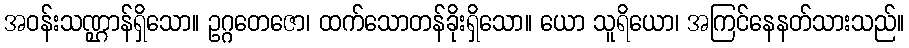
အဝန်းသဏ္ဌာန်ရှိသော။ ဥဂ္ဂတေဇော၊ ထက်သောတန်ခိုးရှိသော။ ယော သူရိယော၊ အကြင်နေနတ်သားသည်။